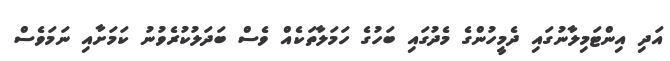
އަދި އިންޓަމިލާނުގައި ދެމީހުންގެ މެދުގައި ބަހުގެ ހަމަލާތަކެއް ވެސް ބަދަލުކުރެވުނު ކަމަށާއި ނަމަވެސް